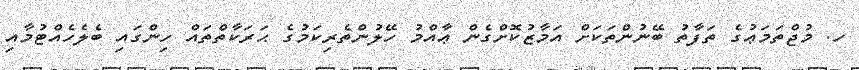
ހ. މުޖްތަމަޢުގެ ތަފާތު ބޭނުންތަކަށް އަމާޒުކޮށްގެން ޢާއްމު ހޭލުންތެރިކަމުގެ ޙަރަކާތްތައް ހިންގައި ބެލެހެއްޓުމާއި